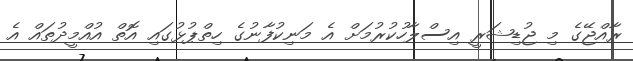
ރާއްޖޭގެ މި ޖުޑިޝަރީ އިސްލާހުކުރުމަށް އެ މަނިކުފާނުގެ ހިތްޕުޅުގައި އޮތް އުއްމީދުތައް އެ